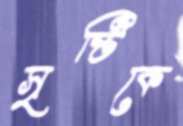
সৃষ্টিকে